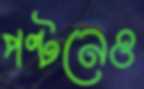
পল্টনেও